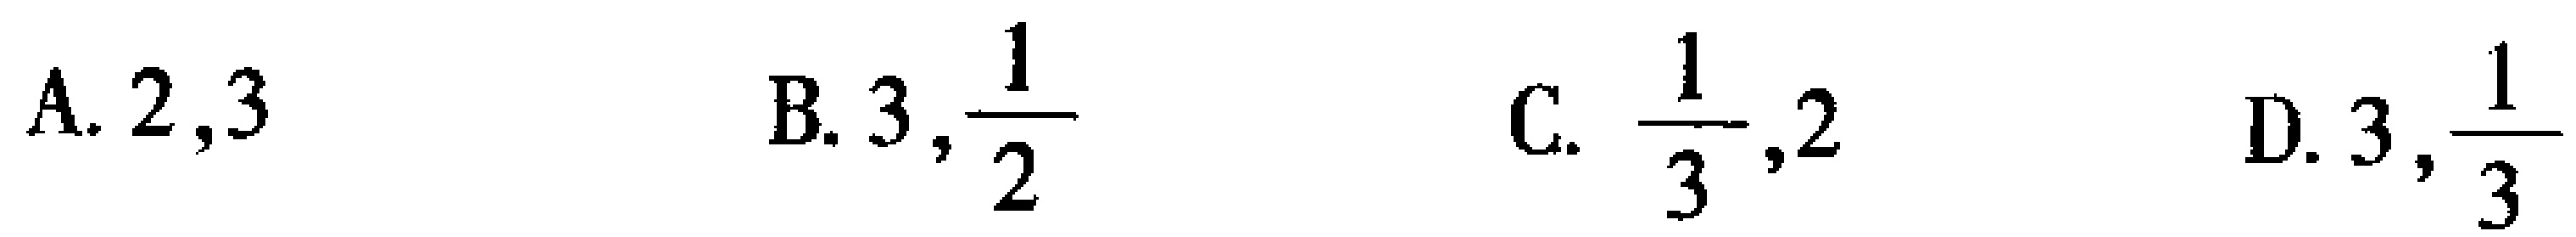
A. \(2,3\)  B. \(3,\frac{1}{2}\)  C. \(\frac{1}{3},2\)  D. \(3,\frac{1}{3}\)